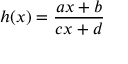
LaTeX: h ( x ) = { \frac { a x + b } { c x + d } }